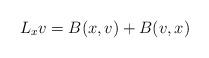
LaTeX: \begin{align*} L_x v = B(x,v) + B(v,x)\end{align*}